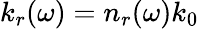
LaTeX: k_{r}(\omega)=n_{r}(\omega)k_{0}